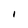
Character: i